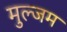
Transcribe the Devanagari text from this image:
मुल्जम